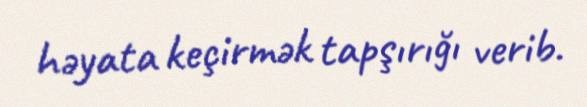
həyata keçirmək tapşırığı verib.